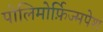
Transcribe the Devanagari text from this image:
पोलिमोर्फ़िज्मपेश